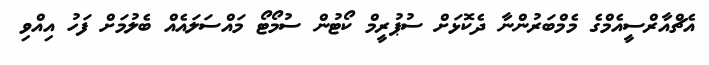
އެޗްއާރްސީއެމްގެ މެމްބަރުންނާ ދެކޮޅަށް ސުޕުރީމް ކޯޓުން ސުމޯޓޯ މައްސަލައެއް ބެލުމަށް ފަހު އިއްވި